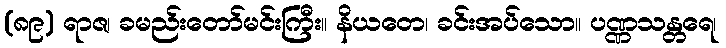
(၈၉) ရာဇ၊ ခမည်းတော်မင်းကြီး။ နိယတေ၊ ခင်းအပ်သော။ ပဏ္ဏသန္တရေ၊